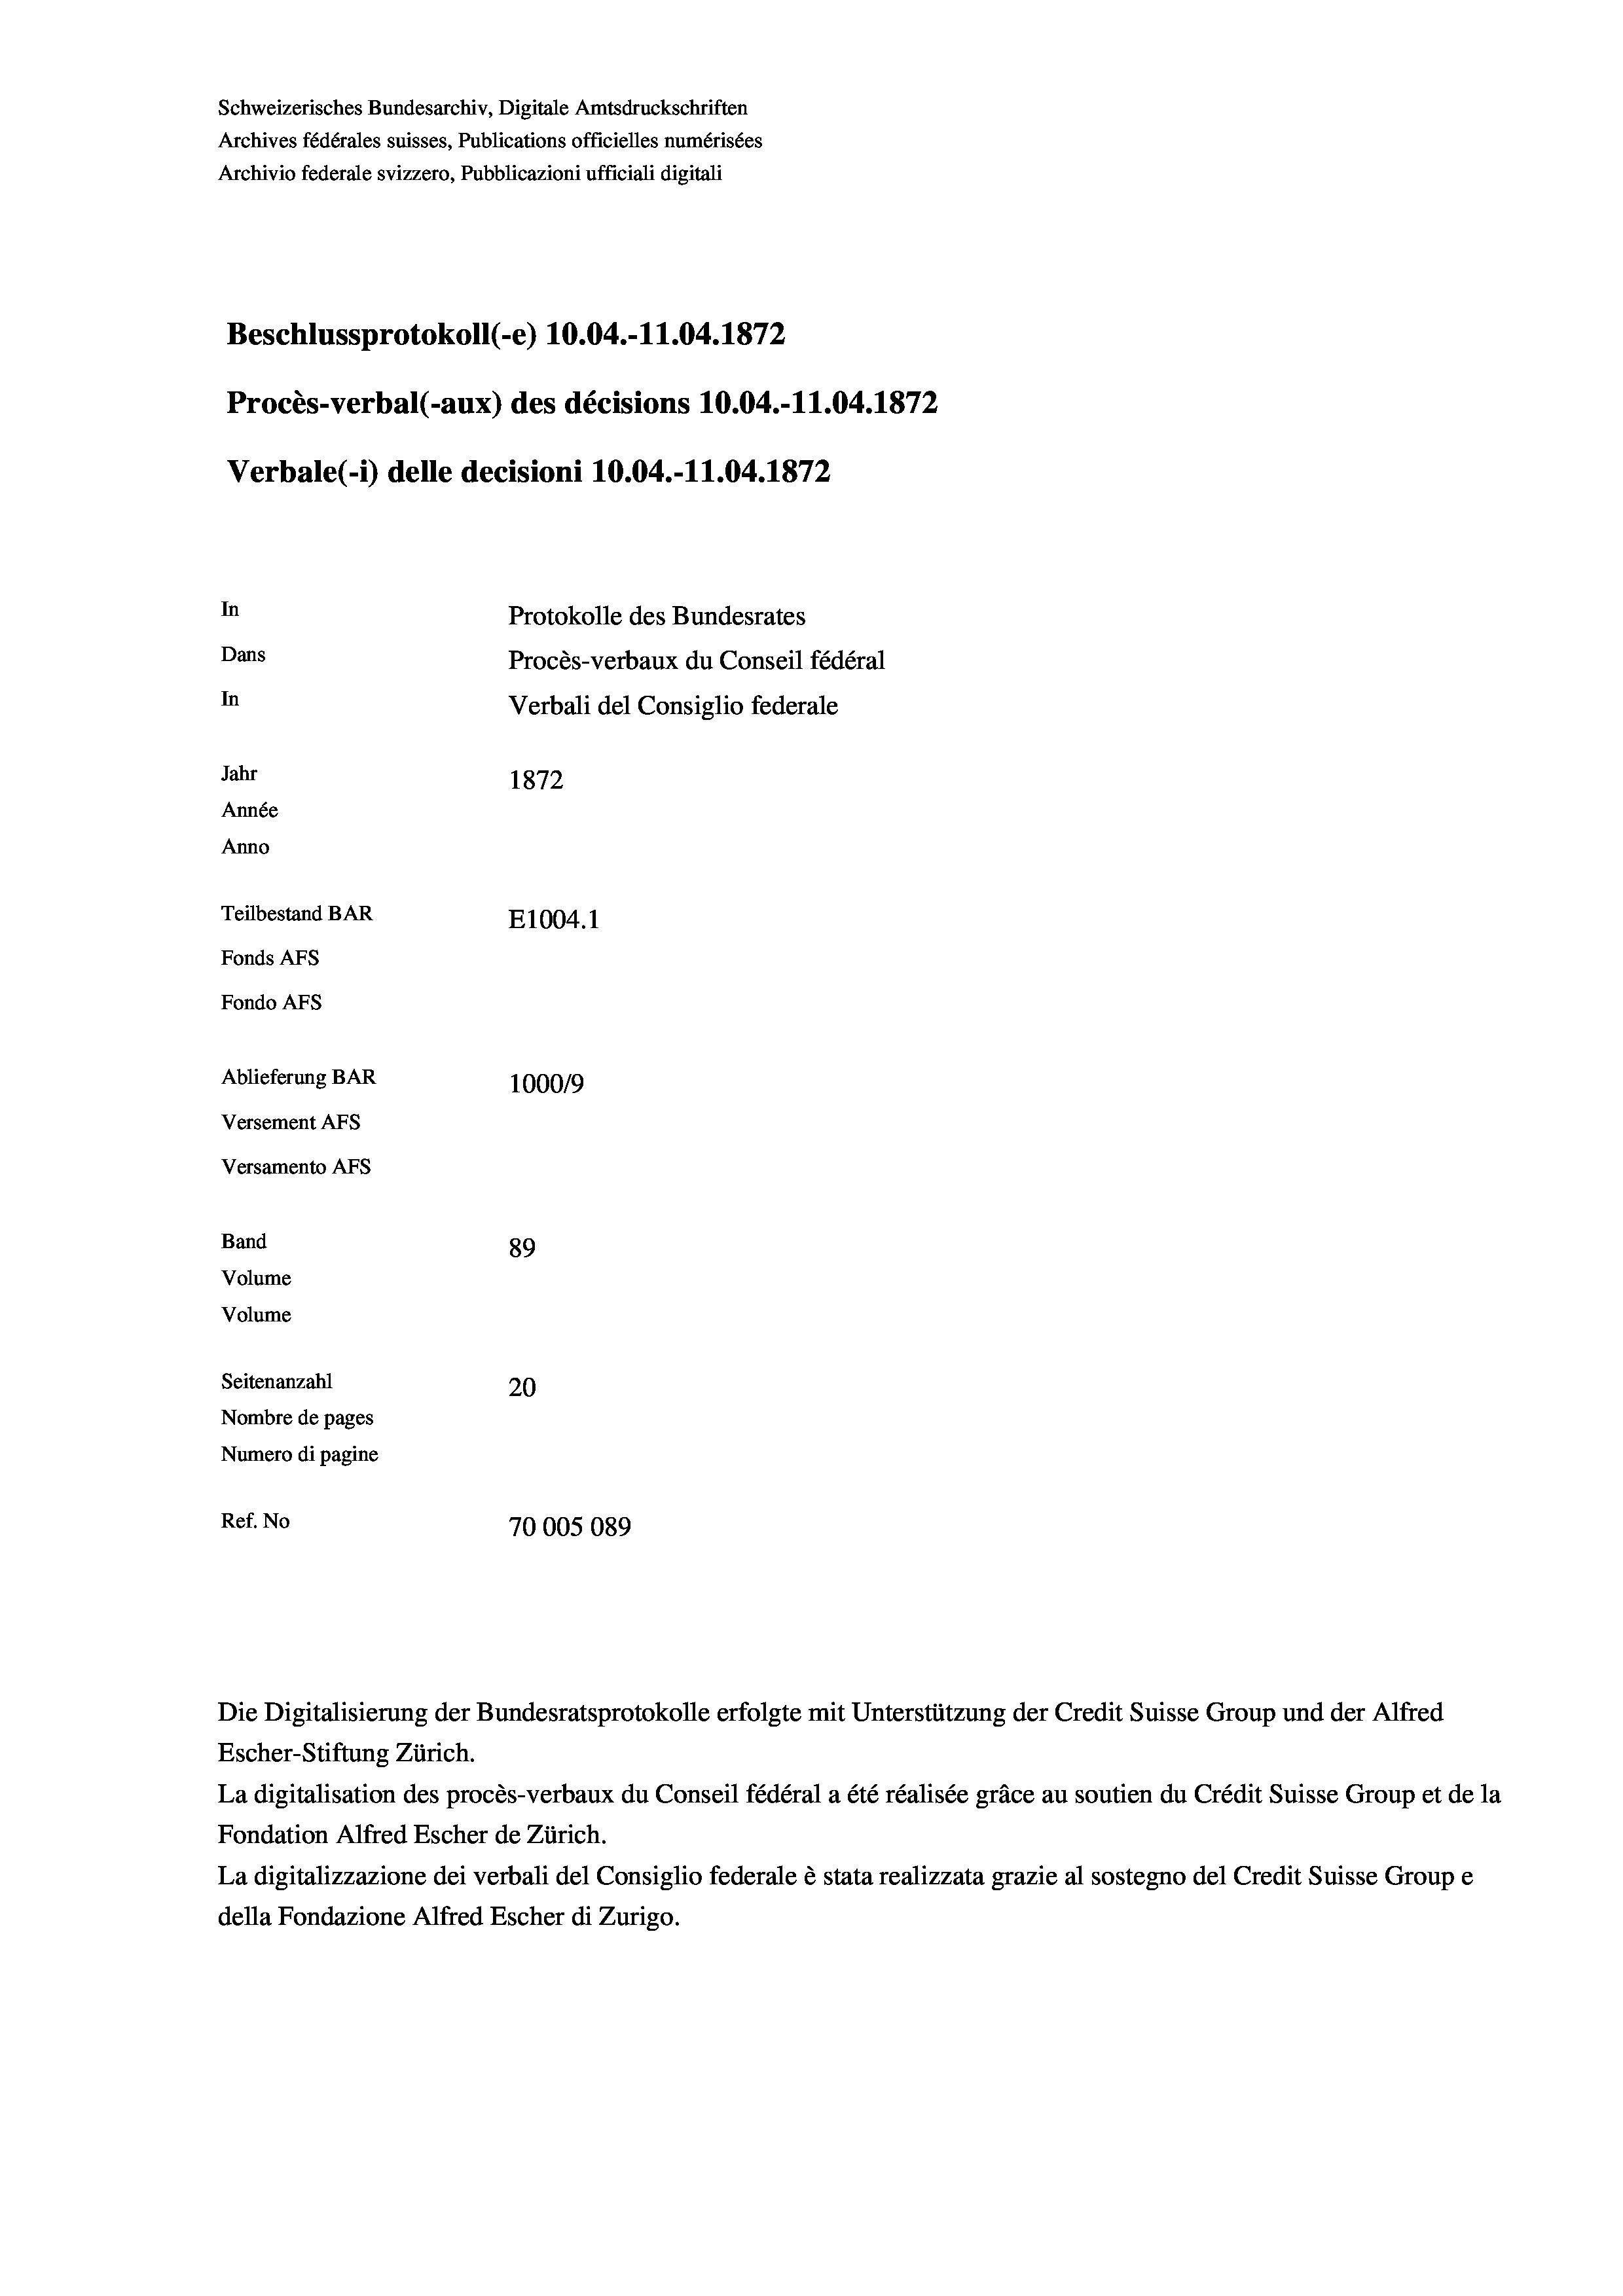
Schweizerisches Bundesarchiv, Digitale Amtsdruckschriften
Archives fédérales suisses, Publications officielles numérisées
Archivio federale svizzero, Pubblicazioni ufficiali digitali
Beschlussprotokoll (-e) 10.04.-11.04. 1872
Procès-verbal (-aux) des décisions 10.04.-11.04. 1872
Verbale (- 1) delle decisioni 10.04.-11.04. 1872
In
Protokolle des Bundesrates
Dans
Procès-verbaux du Conseil fédéral
In
Verbali del Consiglio federale
Jahr
1872
Année
Anno
Teilbestand BAR
E1004. 1
Fonds AFs
Fondo Afs
Ablieferung BAR
100019
Versement Ans
Versamento Afs
Band
89
Volume
Volume
Seitenanzahl
20
Nombre de pages
Numero di pagine

Ref. No
70005089

Die Digitalisierung der Bundesratsprotokolle erfolgte mit Unterstützung der Credit Suisse Group und der Alfred

Escher-Stiftung Zürich.
La digitalisation des procès-verbaux du Conseil fédéral a été réalisée gräce au soutien du Crédit Suisse Group et de la
Fondation Alfred Escher de Zürich.
La digitalizzazione dei verbali del Consiglio federale è stata realizzata grazie al sostegno del Credit Suisse Groupe
della Fondazione Alfred Escher di Zurigo.